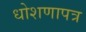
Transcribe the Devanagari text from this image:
धोशणापत्र